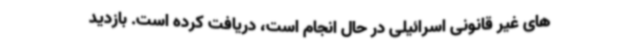
های غیر قانونی اسرائیلی در حال انجام است، دریافت کرده است. بازدید